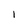
Character: 1